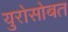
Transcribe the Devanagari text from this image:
युरोसोबत